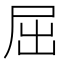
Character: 屈